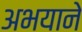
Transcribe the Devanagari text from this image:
अभयाने